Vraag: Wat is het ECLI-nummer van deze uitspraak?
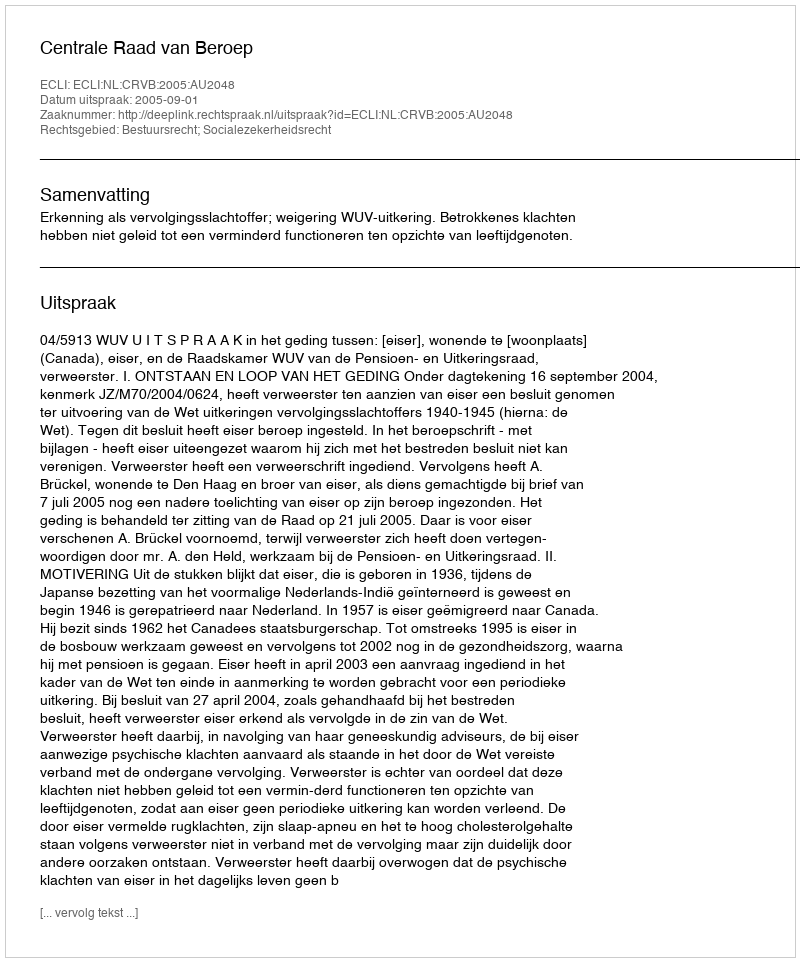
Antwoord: ECLI:NL:CRVB:2005:AU2048